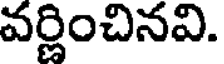
వర్ణించినవి.